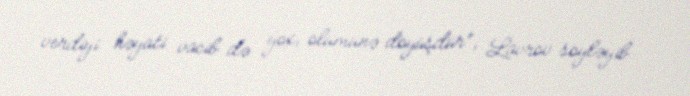
verdiyi həyati vacib də yox, ölümünə döyüşdür”, Lavrov söyləyib.